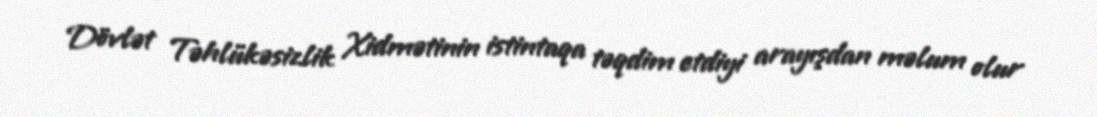
Dövlət Təhlükəsizlik Xidmətinin istintaqa təqdim etdiyi arayışdan məlum olur